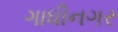
ગાધીનગર